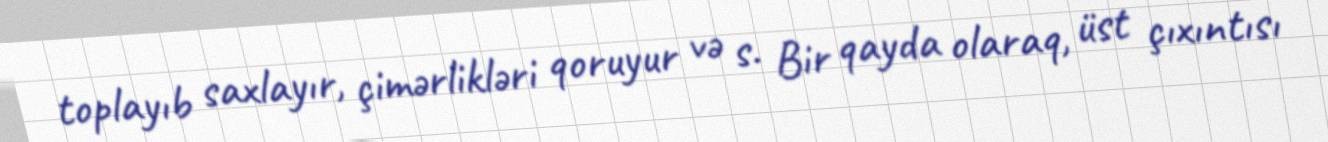
toplayıb saxlayır, çimərlikləri qoruyur və s. Bir qayda olaraq, üst çıxıntısı